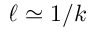
\ell \simeq 1 / k